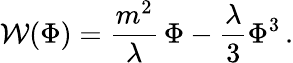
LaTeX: {\cal W}(\Phi)=\frac{m^{2}}{\lambda}\, \Phi-\frac{\lambda}{3}\Phi^{3}\, .